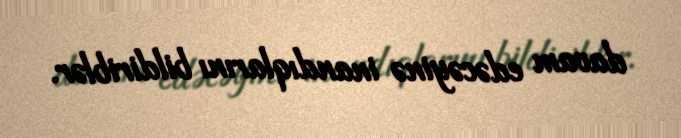
davam edəcəyinə inandıqlarını bildiriblər.